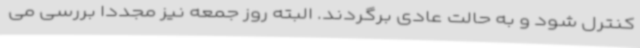
کنترل شود و به حالت عادی برگردند. البته روز جمعه نیز مجددا بررسی می